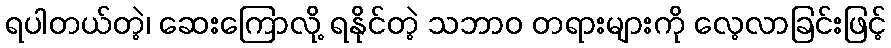
ရပါတယ်တဲ့၊ ဆေးကြောလို့ ရနိုင်တဲ့ သဘာဝ တရားများကို လေ့လာခြင်းဖြင့်